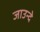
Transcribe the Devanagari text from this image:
जाउन्दे